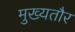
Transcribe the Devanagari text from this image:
मुख्‍यतौर